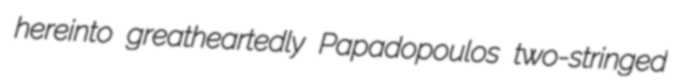
hereinto greatheartedly Papadopoulos two-stringed